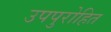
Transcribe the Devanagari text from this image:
उपपुरोहित